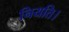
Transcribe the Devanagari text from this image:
नियति।